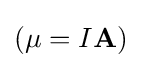
\left(\mathbf {\mu } =I\mathbf {A} \right)